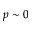
p \sim 0